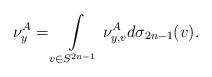
LaTeX: \begin{align*} \nu^A_y = \int\limits_{v \in S^{2n-1}} \nu^A_{y,v} d \sigma_{2n-1}(v). \end{align*}